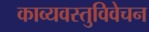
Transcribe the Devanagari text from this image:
काव्यवस्तुविवेचन